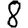
Digit: 8